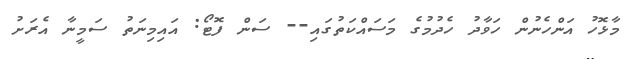
މާޅޮހު އަންހެނުން ހަވާދު ހެދުމުގެ މަސައްކަތުގައި-- ސަން ފޮޓޯ: އައިމިނަތު ސަމީނާ އެރަށު